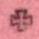
+